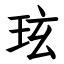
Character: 玹